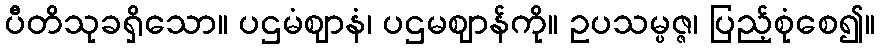
ပီတိသုခရှိသော။ ပဌမံဈာနံ၊ ပဌမဈာန်ကို။ ဥပသမ္ပဇ္ဇ၊ ပြည့်စုံစေ၍။